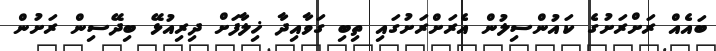
ބައެއް ރަށްރަށުގެ ކައުންސިލުން އެރަށްރަށުގައި ތިބި ގަވާއިދާ ޚިލާފަށް ދިރިއުޅޭ ބިދޭސިން ރަށުން